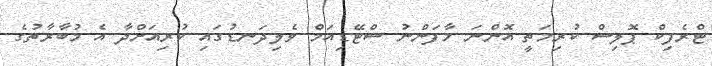
ޓްރެފިކް ޕޮލިސް ކުރިމަތީ އޮންނަ މާފަންނު ސްޓޭޑިއަމް ވެލިދަނޑުގައި ކުރިއަށްދާ އެ މުބާރާތުގެ